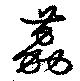
荔